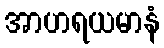
အာဟရယမာနံ